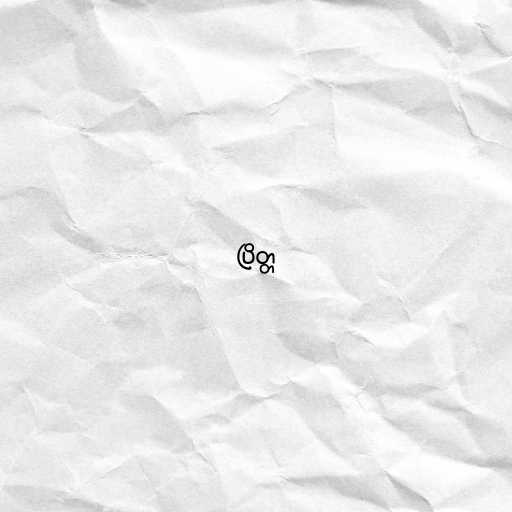
ပြိတ္တ